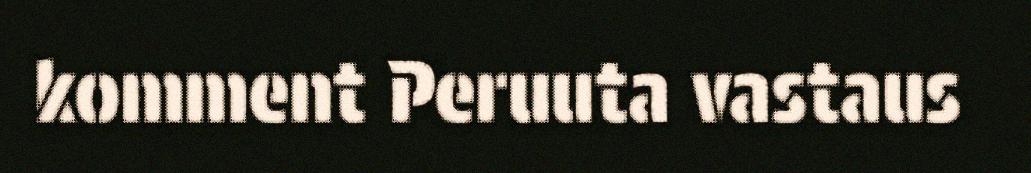
komment Peruuta vastaus